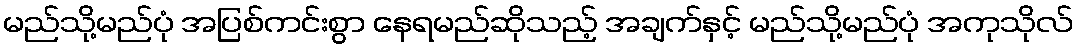
မည်သို့မည်ပုံ အပြစ်ကင်းစွာ နေရမည်ဆိုသည့် အချက်နှင့် မည်သို့မည်ပုံ အကုသိုလ်